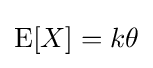
\operatorname {E} [X]=k\theta